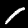
Digit: 1